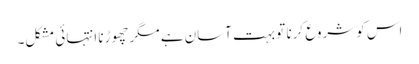
اس کو شروع کرنا تو بہت آسان ہے مگر چھوڑنا انتہائی مشکل۔